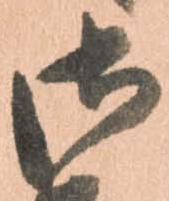
御